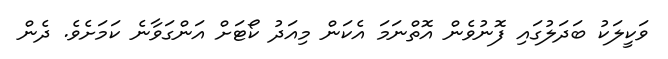
ވަކީލަކު ބަދަލުގައި ފޮނުވެން އޮތްނަމަ އެކަން މިއަދު ކޯޓަށް އަންގަވާނެ ކަމަށެވެ. ދެން